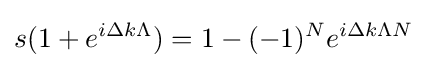
s(1+e^{i\Delta k\Lambda })=1-(-1)^{N}e^{i\Delta k\Lambda N}